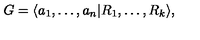
G = \langle a _ { 1 } , \ldots , a _ { n } | R _ { 1 } , \ldots , R _ { k } \rangle ,